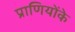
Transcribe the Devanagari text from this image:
प्राणियोंके